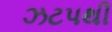
ઝટપથી